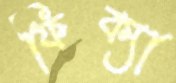
ফিক্যা